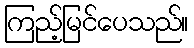
ကြည့်မြင်ပေသည်။